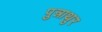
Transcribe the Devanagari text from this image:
पुन्नाथुर